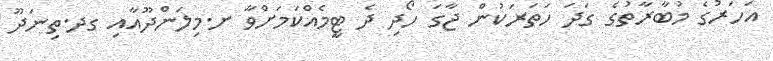
އަހަރުގެ މުބާރާތުގެ ގަދަ ހަތަރަކުން ޖާގަ ހޯދި ދެ ޓީމެއްކަމަށްވާ ށ.މިލަންދޫއާއި ގދ.ތިނަދޫ